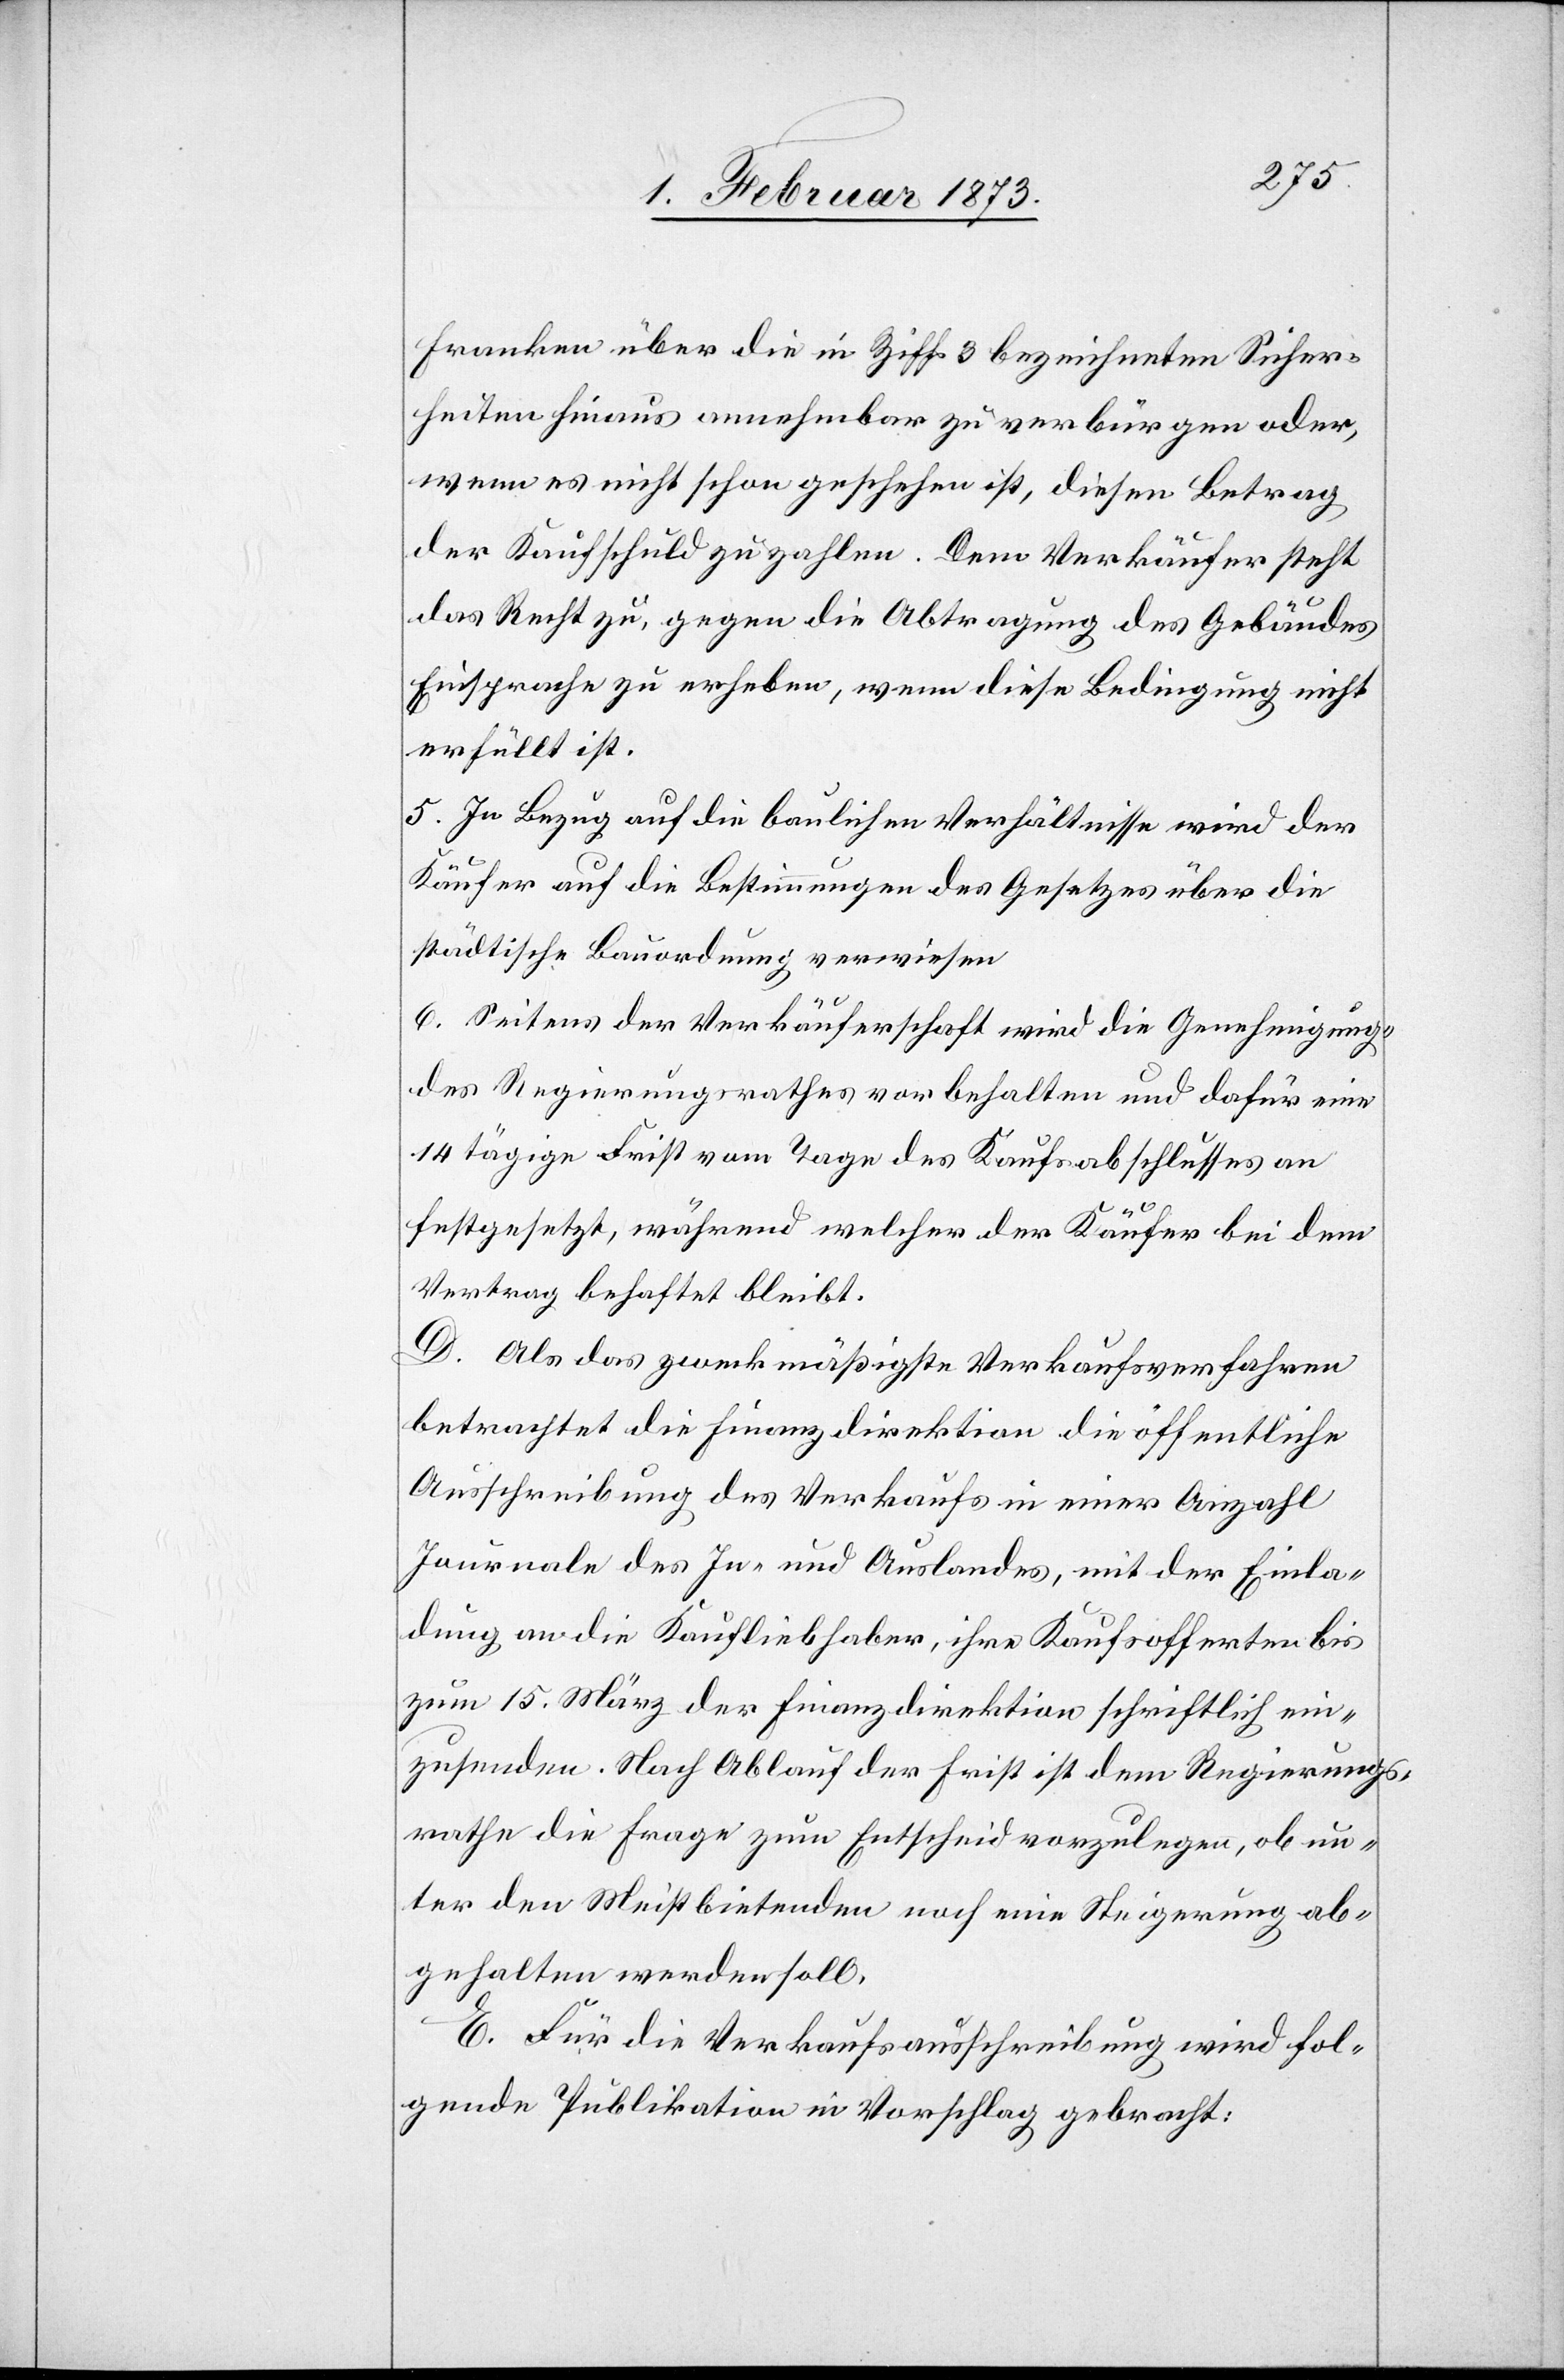
Franken über die in Ziff. 3 bezeichneten Sicher¬
heiten hinaus annehmbar zu verbürgen oder,
wenn es nicht schon geschehen ist, diesen Betrag
der Kaufschuld zu zahlen. Dem Verkäufer steht
das Recht zu, gegen die Abtragung des Gebäudes
Einsprache zu erheben, wenn diese Bedingung nicht
erfüllt ist.
5. In Bezug auf die baulichen Verhältnisse wird der
Käufer auf die Bestimmungen des Gesetzes über die
städtische Bauordnung verwiesen.
6. Seitens der Verkäuferschaft wird die Genehmigung
des Regierungsrathes vorbehalten und dafür eine
14 tägige Frist vom Tage des Kaufsabschlusses an
festgesetzt, während welcher der Käufer bei dem
Vertrag behaftet bleibt.
D. Als das zweckmäßigste Verkaufsverfahren
betrachtet die Finanzdirektion die öffentliche
Ausschreibung des Verkaufs in einer Anzahl
Journale des In- und Auslandes, mit der Einla¬
dung an die Kaufliebhaber, ihre Kaufsofferten bis
zum 15. März der Finanzdirektion schriftlich ein¬
zusenden. Nach Ablauf der Frist ist dem Regierungs¬
rathe die Frage zum Entscheid vorzulegen, ob un¬
ter den Meistbietenden noch eine Steigerung ab¬
gehalten werden soll.
E. Für die Verkaufsausschreibung wird fol¬
gende Publikation in Vorschlag gebracht: